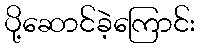
ပို့ဆောင်ခဲ့ကြောင်း